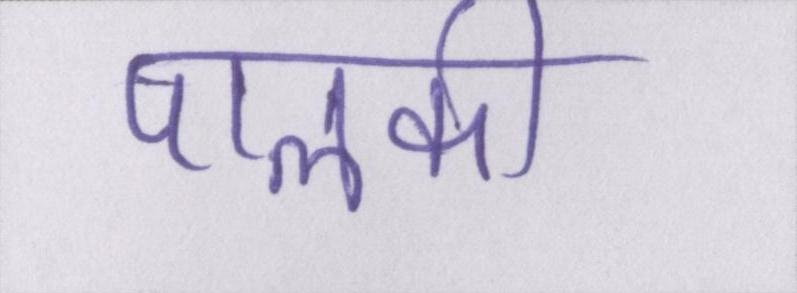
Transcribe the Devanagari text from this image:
पालकी